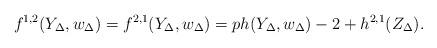
LaTeX: \begin{align*}f^{1,2}(Y_\Delta,w_\Delta) = f^{2,1}(Y_\Delta,w_\Delta) = ph(Y_\Delta,w_\Delta)-2 + h^{2,1}(Z_\Delta).\end{align*}